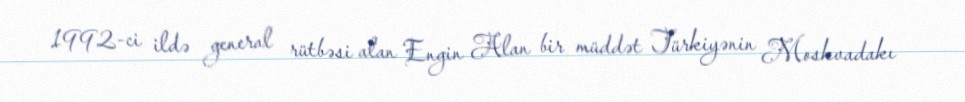
1992-ci ildə general rütbəsi alan Engin Alan bir müddət Türkiyənin Moskvadakı